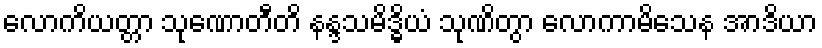
လောကိယတ္တာ သုဏောတီတိ နန္ဒသမိဒ္ဓိယံ သုဏိတွာ လောကာမိသေန အာဒိယာ